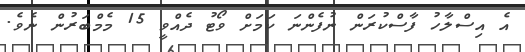
އެ އިސްލާހު ފާސްކުރަން ނުފެންނަ ކަމަށް ވޯޓު ދެއްވީ 15 މެމްބަރުން ނެވެ.